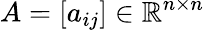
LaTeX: A=[a_{ij}]\in\mathbb{R}^{n\times n}